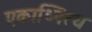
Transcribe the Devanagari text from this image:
एकाध्पित्य